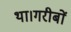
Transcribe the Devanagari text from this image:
था।गरीबों